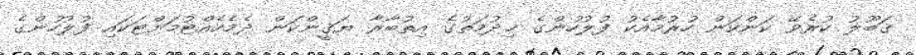
ޤަބޫލު ކުރެވޭ ކަންކަން ހުރުމާއެކު ފުލުހުންގެ ޚިދުމަތުގެ އިތުބާރާ ޔަޤީންކަން ދެމެހެއްޓުމަށްޓަކައި ފުލުހުންގެ